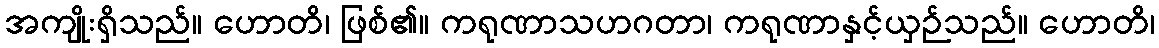
အကျိုးရှိသည်။ ဟောတိ၊ ဖြစ်၏။ ကရုဏာသဟဂတာ၊ ကရုဏာနှင့်ယှဉ်သည်။ ဟောတိ၊